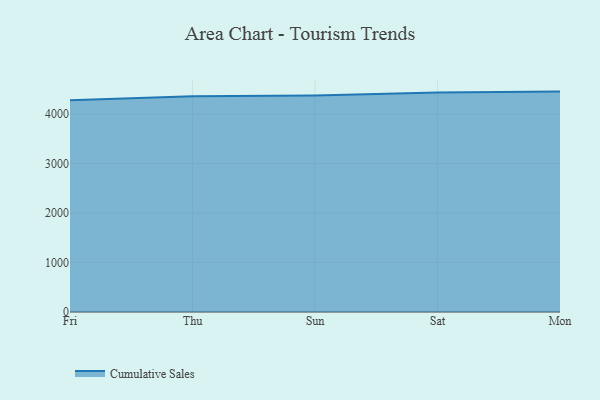
{"axis": {"x": "Day", "y": "Satisfaction Score"}, "legend": ["Cumulative Sales"], "data": [{"x": "Fri", "y": 4278.2, "type": "Cumulative Sales"}, {"x": "Thu", "y": 4358.6, "type": "Cumulative Sales"}, {"x": "Sun", "y": 4374.0, "type": "Cumulative Sales"}, {"x": "Sat", "y": 4433.9, "type": "Cumulative Sales"}, {"x": "Mon", "y": 4451.3, "type": "Cumulative Sales"}]}